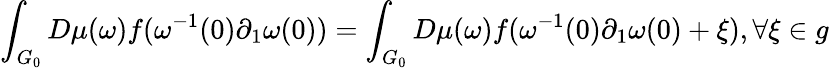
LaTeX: \int_{G_{0}}D\mu(\omega)f(\omega^{-1}(0)\partial_{1}\omega(0))=\int_{G_{0}}D\mu(\omega)f(\omega^{-1}(0)\partial_{1}\omega(0)+\xi),\forall\xi\in g